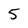
Character: 5